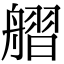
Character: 䒁